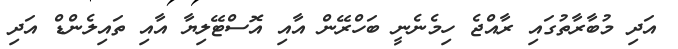
އަދި މުބާރާތުގައި ރާއްޖެ ހިމެނެނީ ބަހްރޭން އާއި އޮސްޓޭލިޔާ އާއި ތައިލެންޑް އަދި